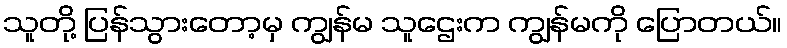
သူတို့ ပြန်သွားတော့မှ ကျွန်မ သူဌေးက ကျွန်မကို ပြောတယ်။